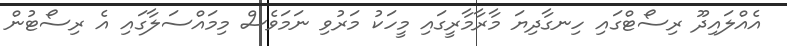
އެއްލައިދޫ ރިސޯޓްގައި ހިނގާދިޔަ މާރާމާރީގައި މީހަކު މަރުވި ނަމަވެސް މިމައްސަލާގައި އެ ރިސޯޓުން